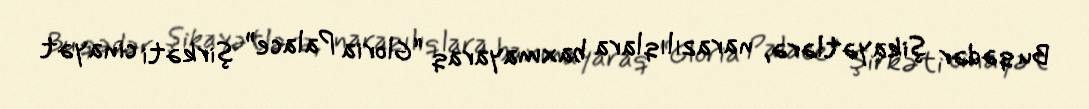
Bu qədər şikayətlərə, narazılıqlara baxmayaraq “Gloria Palace” şirkəti cinayət